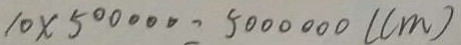
1 0 \times 5 0 0 0 0 0 = 5 0 0 0 0 0 0 ( c m )